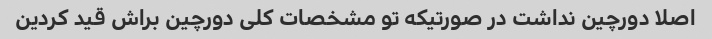
اصلا دورچین نداشت در صورتیکه تو مشخصات کلی دورچین براش قید کردین